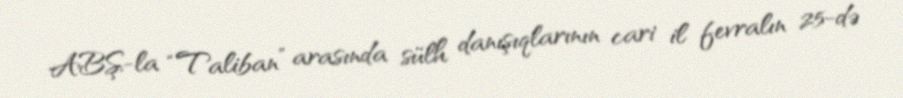
ABŞ-la “Taliban” arasında sülh danışıqlarının cari il fevralın 25-də